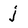
Character: j